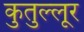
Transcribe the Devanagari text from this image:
कुतुल्लूर